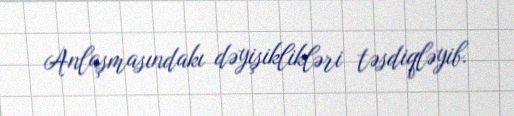
Anlaşmasındakı dəyişiklikləri təsdiqləyib.